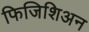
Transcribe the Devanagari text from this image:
फिजिशिअन